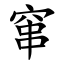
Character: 窜